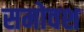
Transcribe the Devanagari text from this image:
समोवश